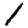
Digit: 1